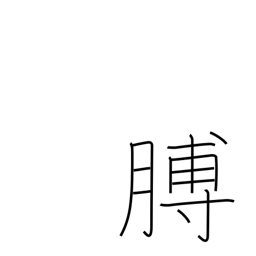
Meaning: arm